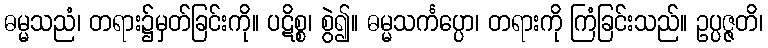
ဓမ္မသညံ၊ တရား၌မှတ်ခြင်းကို။ ပဋိစ္စ၊ စွဲ၍။ ဓမ္မသင်္ကပ္ပော၊ တရားကို ကြံခြင်းသည်။ ဥပ္ပဇ္ဇတိ၊